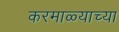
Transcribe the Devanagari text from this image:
करमाळ्याच्या